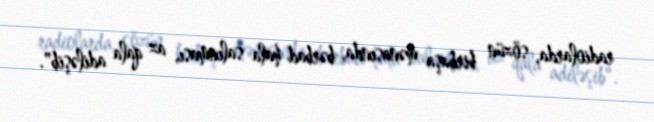
radiolarda, sözün birbaşa mənasında, bərbad hala salınması, az qala adiləşib".